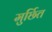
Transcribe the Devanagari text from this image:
मुर्छित